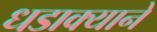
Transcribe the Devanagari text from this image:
धडाक्याने